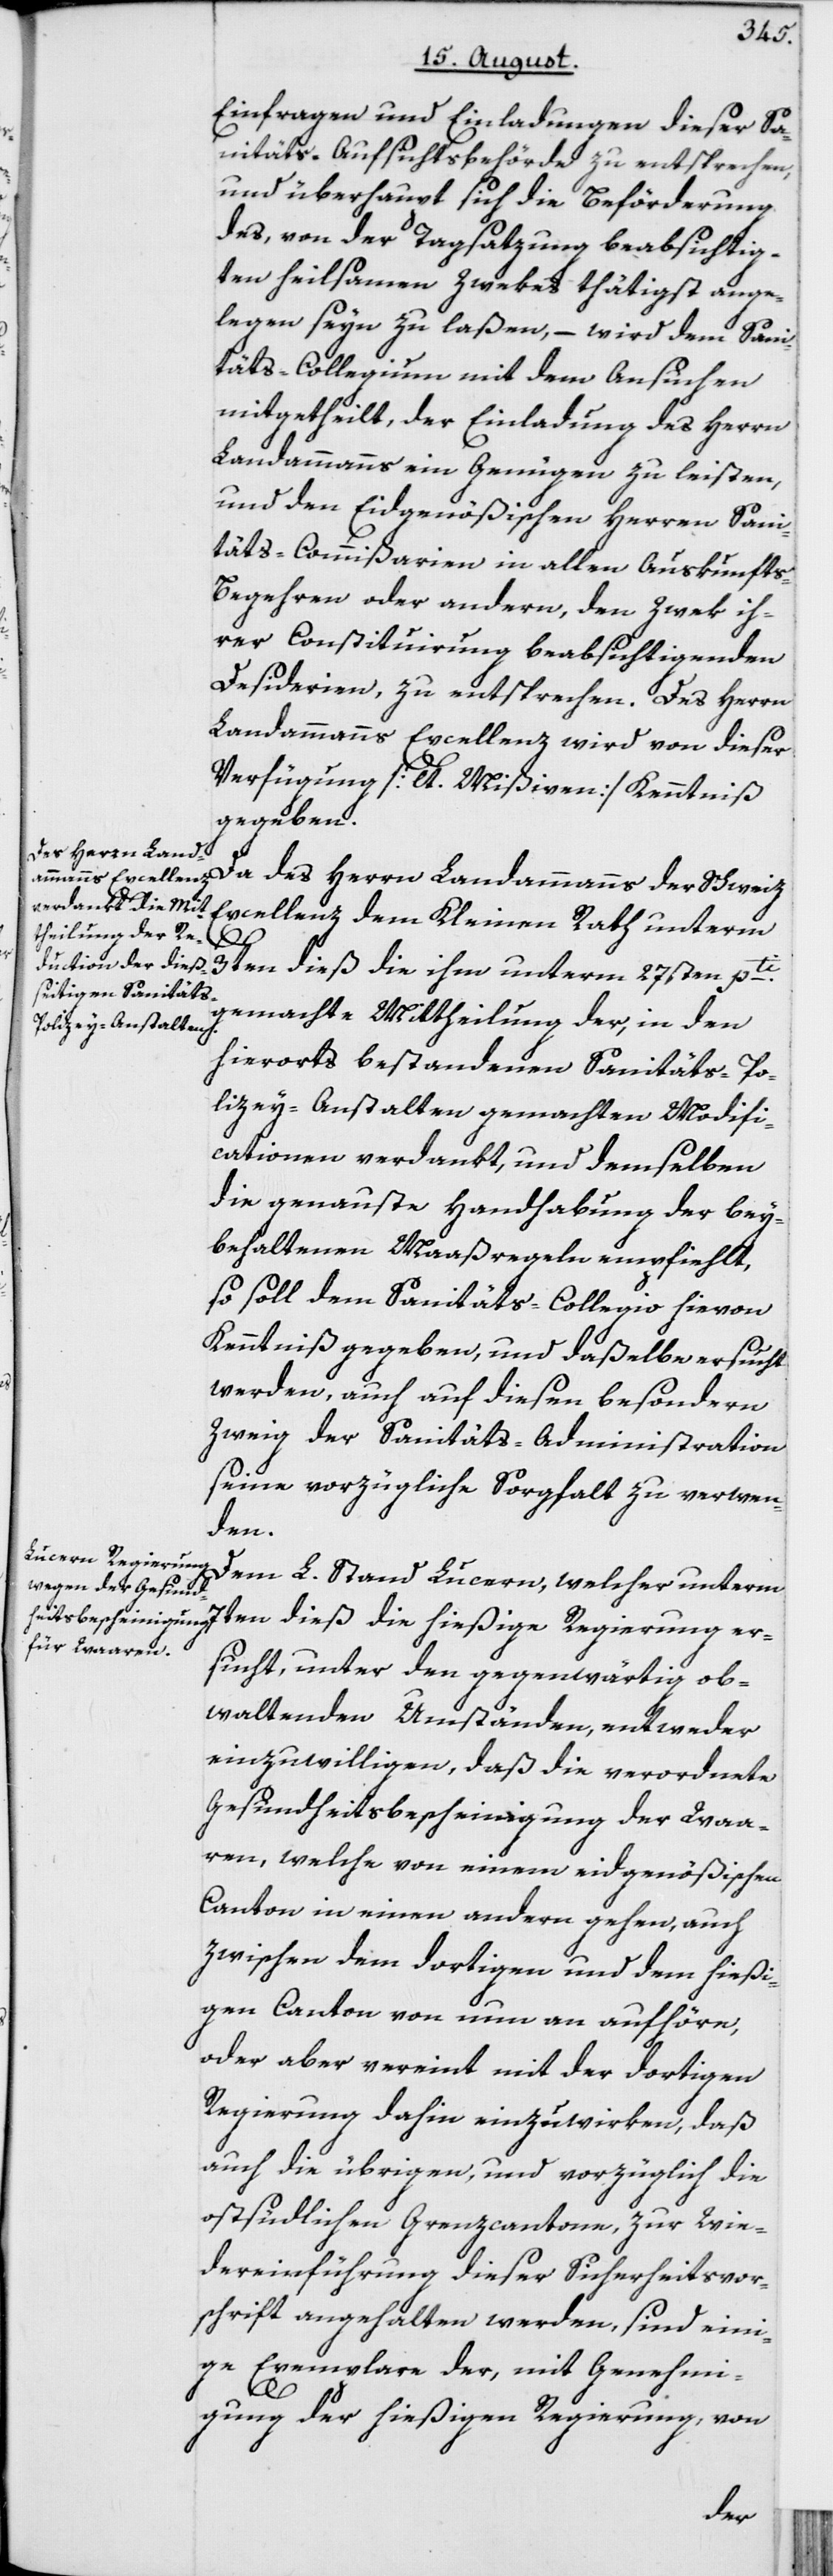
Einfragen und Einladungen dieser Sa¬
nitäts-Aufsichtsbehörde zu entsprechen,
und überhaupt sich die Beförderung
des, von der Tagsatzung beabsichtig¬
ten heilsamen Zwekes thätigst ange¬
legen seyn zu laßen, – wird dem Sani¬
täts-Collegium mit dem Ansuchen
mitgetheilt, der Einladung des Herrn
Landammanns ein Genügen zu leisten,
und den Eidgenößischen Herren Sani¬
täts-Commißarien in allen Auskunft¬
s-Begehren oder andern, den Zwek ih¬
rer Constituirung beabsichtigenden
Desiderien, zu entsprechen. Des Herrn
Landammanns Excellenz wird von dieser
Verfügung [lt. Mißiven] Kenntniß
gegeben.
Da des Herrn Landammanns der Schweiz
Excellenz dem Kleinen Rath unterm
3ten dieß die ihm unterm 27sten pti.
gemachte Mittheilung der, in den
hierorts bestandenen Sanitäts-Po¬
lizey-Anstalten gemachten Modifi¬
cationen verdankt, und demselben
die genauste Handhabung der bey¬
behaltenen Maaßregeln empfiehlt,
so soll dem Sanitäts-Collegio hievon
Kenntniß gegeben, und daßelbe ersucht
werden, auch auf diesen besondern
Zweig der Sanitäts-Administration
seine vorzügliche Sorgfalt zu verwen¬
den.
Dem L. Stand Lucern, welcher unterm
7ten dieß die hießige Regierung er¬
sucht, unter den gegenwärtig ob¬
waltenden Umständen, entweder
einzuwilligen, daß die verordnete
Gesundheitsbescheinigung der Waa¬
ren, welche von einem eidgenößischen
Canton in einen andern gehen, auch
zwischen dem dortigen und dem hießi¬
gen Canton von nun an aufhöre,
oder aber vereint mit der dortigen
Regierung dahin einzuwirken, daß
auch die übrigen, und vorzüglich die
ostsüdlichen Grenzcantone, zur Wie¬
dereinführung dieser Sicherheitsvor¬
schrift angehalten werden, sind eini¬
ge Exemplare der, mit Genehmi¬
gung der hießigen Regierung, von